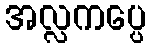
အလ္လကပ္ပေ